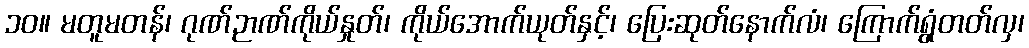
၁၀။ မတူမတန်၊ ဂုဏ်ဉာဏ်ကိုယ်နှုတ်၊ ကိုယ်အောက်ယုတ်နှင့်၊ ပြေးဆုတ်နောက်လံ၊ ကြောက်ရွံတတ်လှ၊